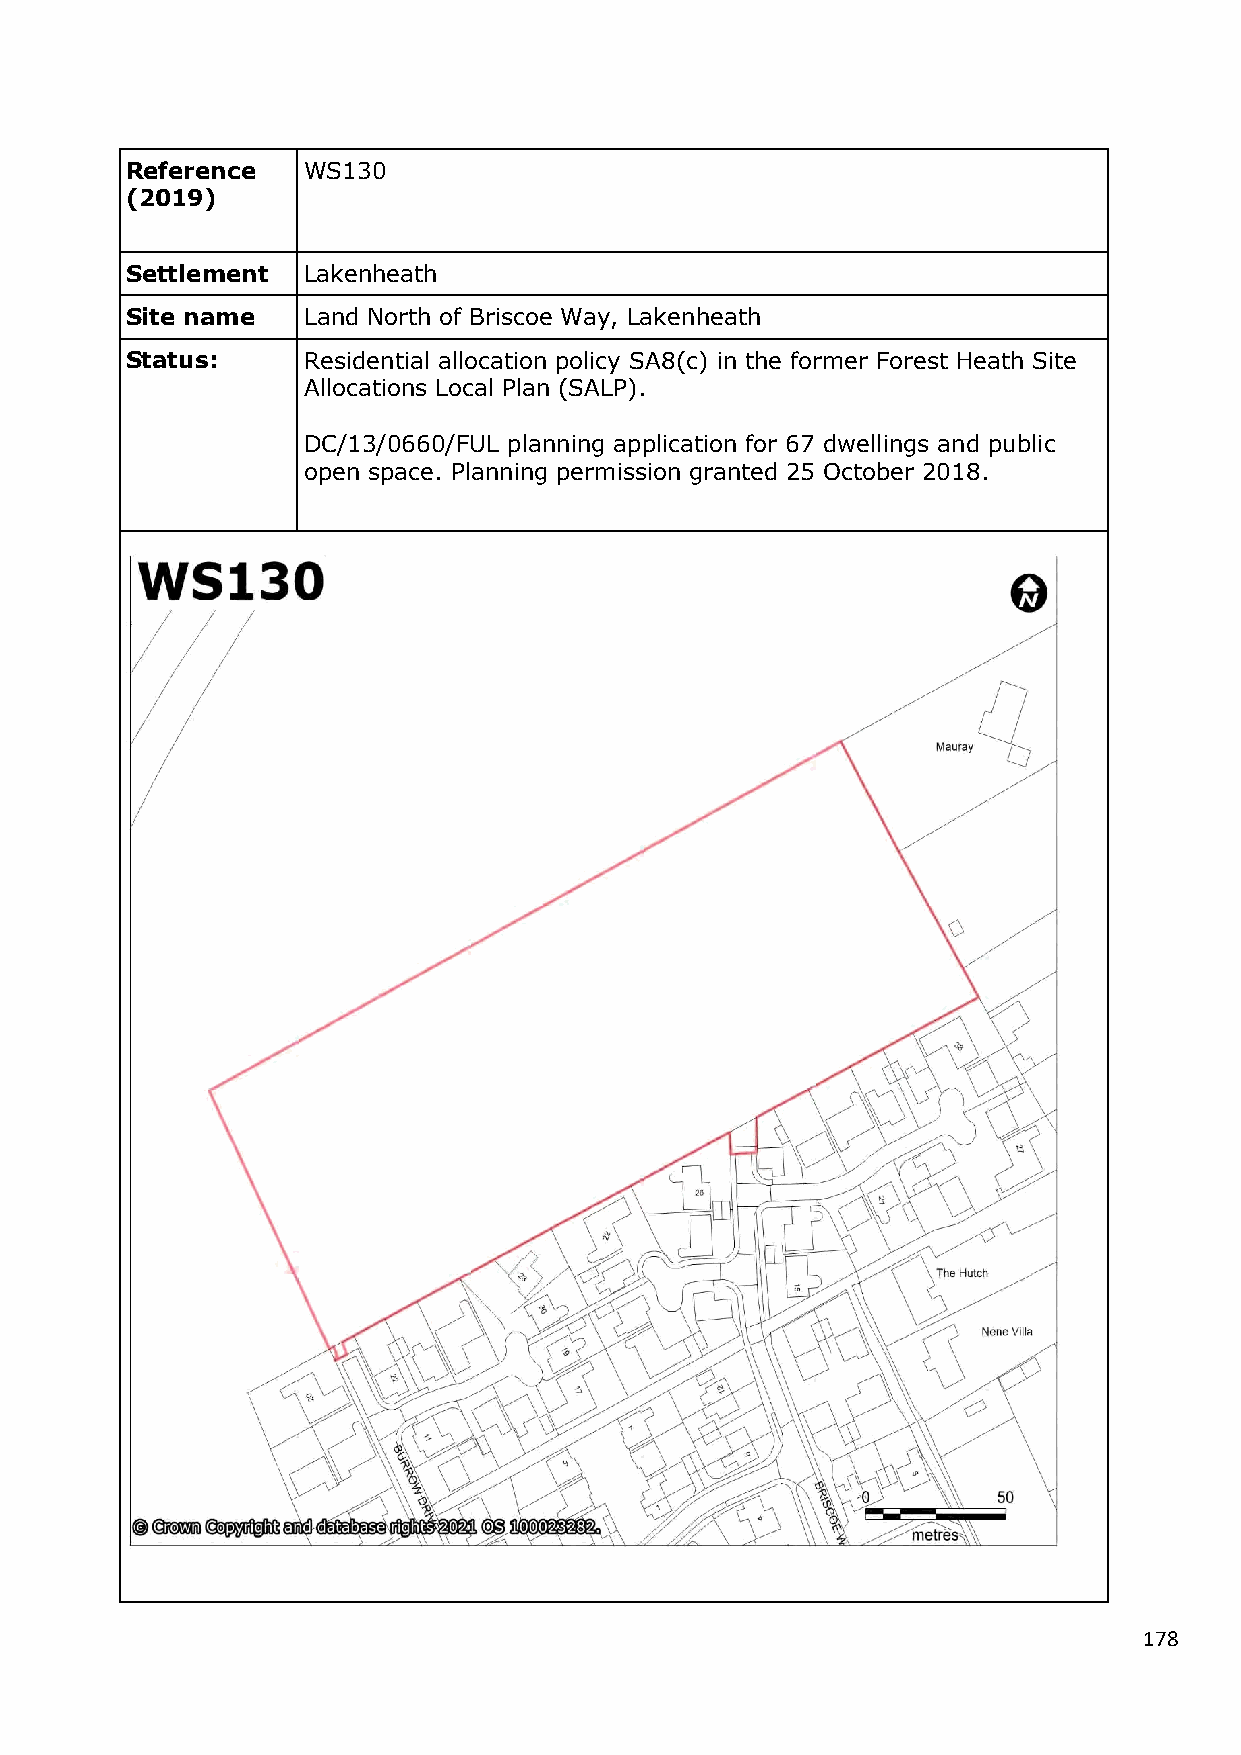
Reference   WS130
 (2019)
 Settlement  Lakenheath
 Site name   Land North of Briscoe Way, Lakenheath
 Status:     Residential allocation policy SA8(c) in the former Forest Heath Site
 Allocations Local Plan (SALP).
 DC/13/0660/FUL planning application for 67 dwellings and public
 open space. Planning permission granted 25 October 2018.
 178